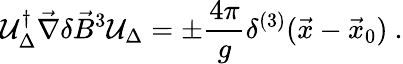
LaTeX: {\cal\mathcal{U}}_{\Delta}^{\dagger}\vec{{\nabla}}\delta\vec{{B}}^{3}{\cal\mathcal{U}}_{\Delta}=\pm\frac{{4\pi}}{{g}}\delta^{(3)}(\vec{{x}}-\vec{{x}}_{0})\ .